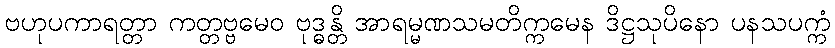
ဗဟုပကာရတ္တာ ကတ္တဗ္ဗမေဝ ဗုဒ္ဓန္တိ အာရမ္မဏသမတိက္ကမေန ဒိဋ္ဌသုပိနော ပနသပက္ကံ